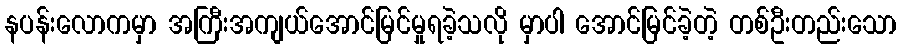
နပန်းလောကမှာ အကြီးအကျယ်အောင်မြင်မှုရခဲ့သလို မှာပါ အောင်မြင်ခဲ့တဲ့ တစ်ဦးတည်းသော